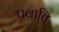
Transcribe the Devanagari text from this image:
प्रवाति